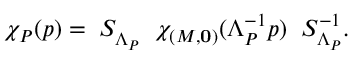
\chi _ { P } ( p ) = \; S _ { \Lambda _ { P } } ^ { } \; \; \chi _ { ( M , { \bf 0 } ) } ( \Lambda _ { P } ^ { - 1 } p ) \; \; S _ { \Lambda _ { P } } ^ { - 1 } .